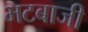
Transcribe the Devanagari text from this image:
भटबाजी